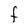
Character: F